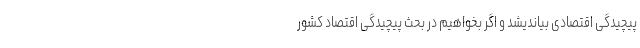
پیچیدگی اقتصادی بیاندیشد و اگر بخواهیم در بحث پیچیدگی اقتصاد کشور